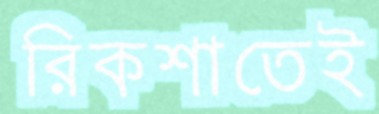
রিকশাতেই